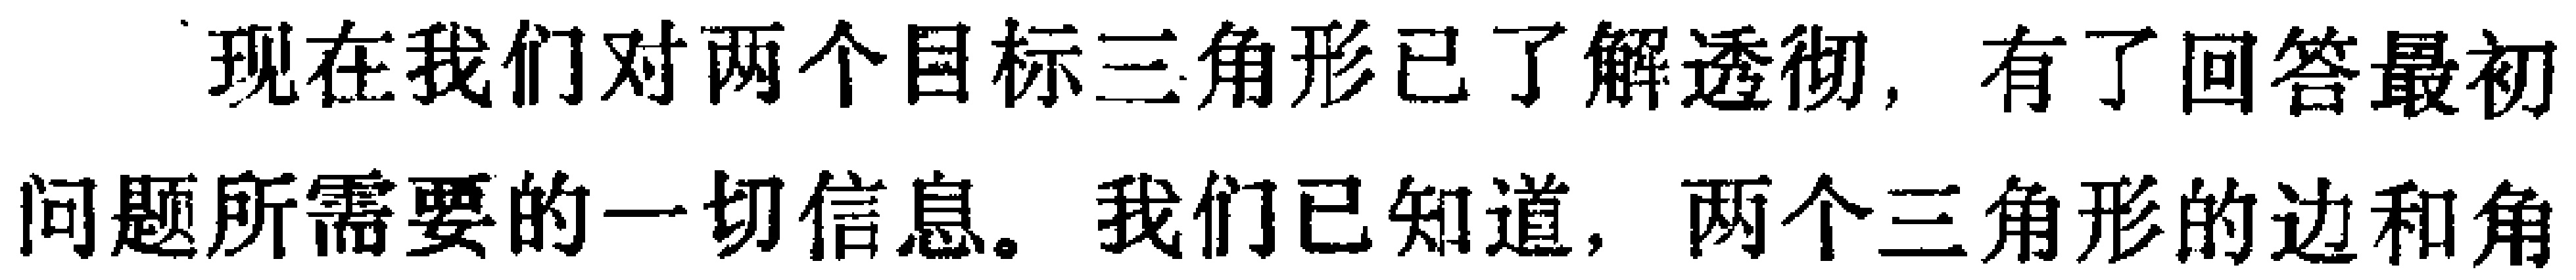
现在我们对两个目标三角形已了解透彻，有了回答最初问题所需要的一切信息。我们已知道，两个三角形的边和角